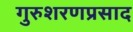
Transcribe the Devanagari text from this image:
गुरुशरणप्रसाद